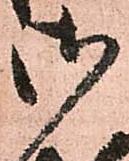
御